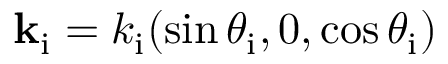
{ \bf k } _ { \mathrm { i } } = k _ { \mathrm { i } } ( \sin \theta _ { \mathrm { i } } , 0 , \cos \theta _ { \mathrm { i } } )